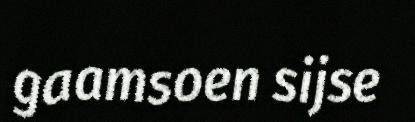
gaamsoen sijse